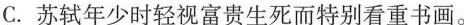
C.苏轼年少时轻视富贵生死而特别看重书画。